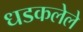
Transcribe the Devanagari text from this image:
धडकलेले